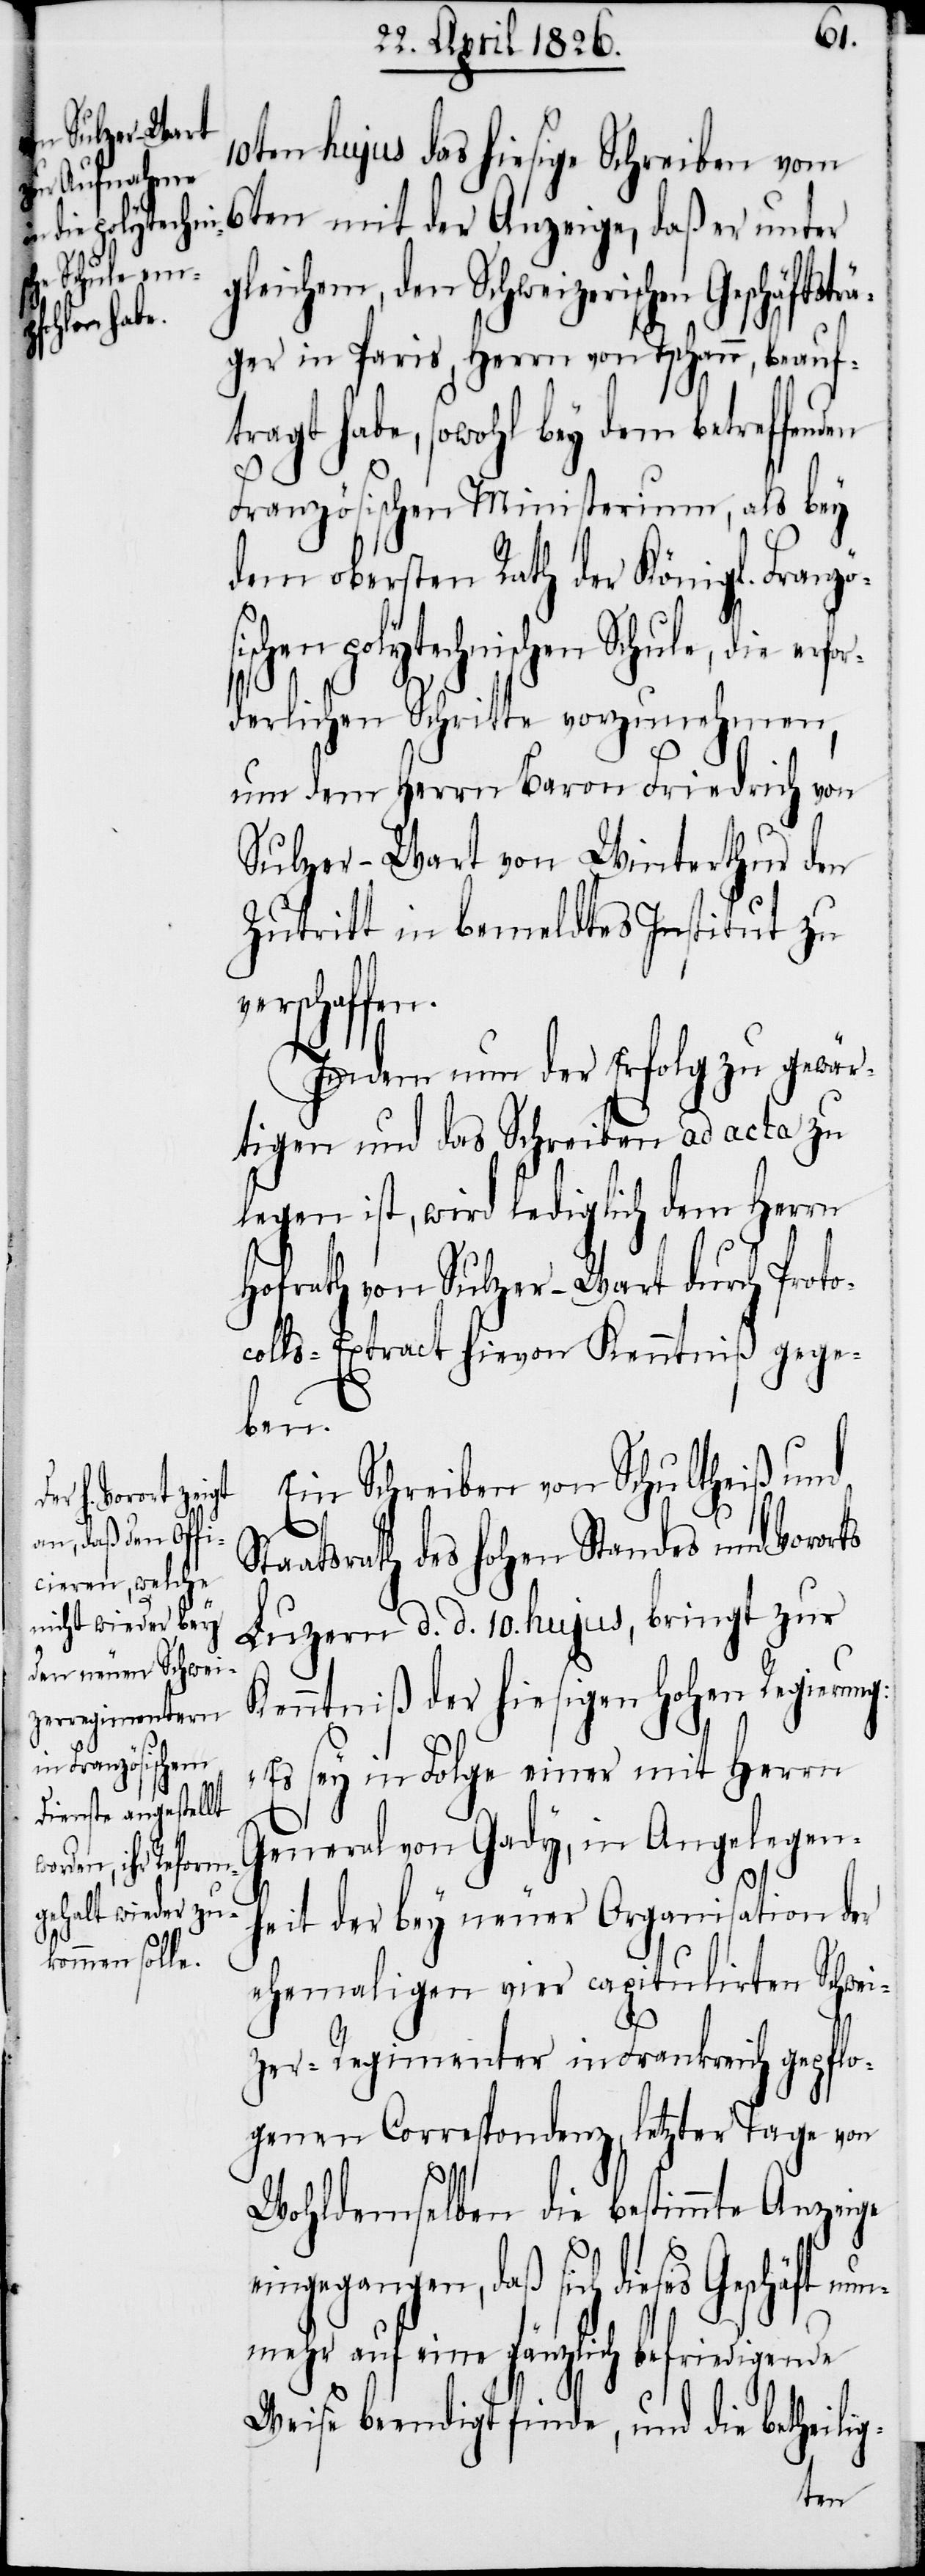
Geschäftsträ¬
sischen

g-
10ten hujus das hiesige Schreiben vom
6ten mit der Anzeige, daß er unter
gleichem, den Schweizerischen
ger in Paris, Herrn von Tschann, beauf¬
tragt habe, sowohl bey dem betreffenden
Französischen Ministerium, als bey
dem obersten Rath der Königl. Franzö¬
polytechnischen Schule, die er¬
derlichen Schritte vorzunehmen,
um dem Herrn Baron Friedrich von
Sulzer-Wart von Winterthur den
Zutritt in bemeldtes Institut zu
verschaffen.
Indem nun der Erfolg zu gewär¬
tigen und das Schreiben ad acta zu
legen ist, wird lediglich dem Herrn
Hofrath von Sulzer-Wart durch Proto¬
colls-Extract hievon Kenntniß gege¬
ben.
Ein Schreiben von Schultheiß und
Staatsrath des hohen Standes und Vororts
Luzern d. d. 10. hujus, bringt zur
Kenntniß der hiesigen hohen Regierung:
„Es sey in Folge einer mit Herrn
General von Gady, in Angelegen¬
heit der bey neuer Organisation der
ehemaligen vier capitulirten Schwei¬
zer-Regimenter in Frankreich gepflo¬
genen Correspondenz, letzter Tage von
Wohldemselben die bestimmte Anzeige
eingegangen, daß sich dieses Geschäft n¬
unmehr auf eine gänzlich befriedigende
Weise beendigt finde, und die betheili¬
for¬